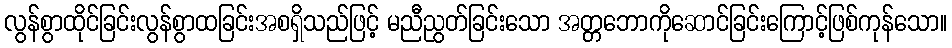
လွန်စွာထိုင်ခြင်းလွန်စွာထခြင်းအစရှိသည်ဖြင့် မညီညွတ်ခြင်းသော အတ္တဘောကိုဆောင်ခြင်းကြောင့်ဖြစ်ကုန်သော။